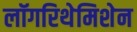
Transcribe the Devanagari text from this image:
लॉगरिथेमिशेन